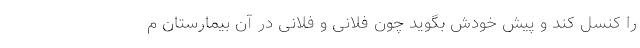
را کنسل کند و پیش خودش بگوید چون فلانی و فلانی در آن بیمارستان مُ